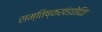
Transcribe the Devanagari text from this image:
सम्तिष्कखंडछेदित